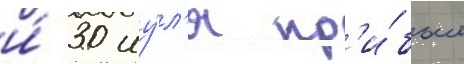
и́ 30 иу́л'я пр'и́был